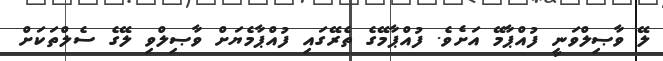
ލޭ ވާޞިލްވަނީ ފުއްޕާމޭ އަށެވެ. ފުއްޕާމޭގެ ތެރޭގައި ފުއްޕާމެޔަށް ވާޞިލްވި ލޭގެ ސެލްތަކަށް